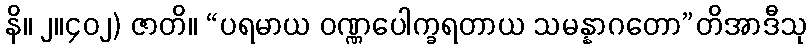
နိ။ ၂။၄၀၂) ဇာတိ။ “ပရမာယ ဝဏ္ဏပေါက္ခရတာယ သမန္နာဂတော”တိအာဒီသု